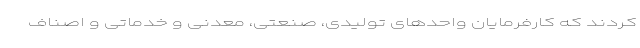
کردند که کارفرمایان واحدهای تولیدی، صنعتی، معدنی و خدماتی و اصناف